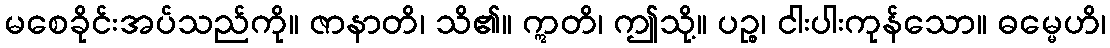
မစေခိုင်းအပ်သည်ကို။ ဇာနာတိ၊ သိ၏။ ဣတိ၊ ဤသို့။ ပဉ္စ၊ ငါးပါးကုန်သော။ ဓမ္မေဟိ၊